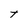
Character: t